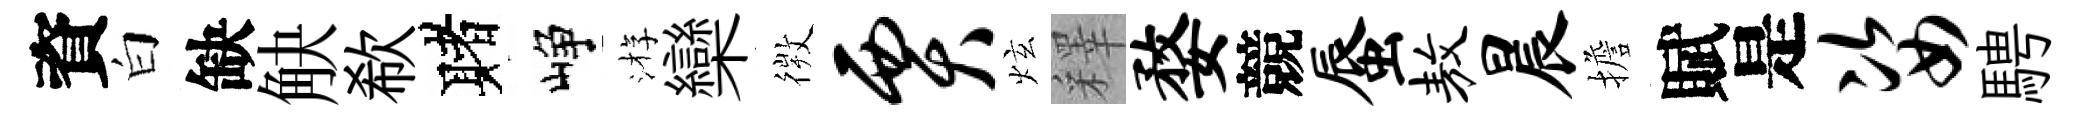
資白缺觖欷赌峥㳺欒𢕄贾炫釋婺競蜃敖晨擔賦是姿騁